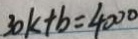
3 0 k + b = 4 0 0 0